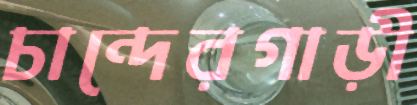
চান্দেরগাড়ী